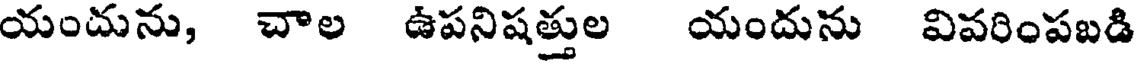
యందును, చాల ఉపనిషత్తుల యందును వివరింపబడి